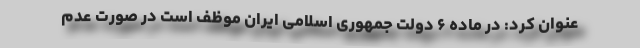
عنوان کرد: در ماده ۶ دولت جمهوری اسلامی ایران موظف است در صورت عدم